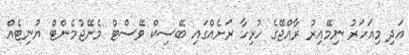
އަދި މިއަހަރު ނިމޭއިރު ރާއްޖޭގެ ހުރިހާ ރަށެއްގައި ބޭސިކް ވޭސްޓް މެނޭޖުމެންޓް ޔުނިޓެއް